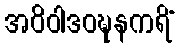
အဝိဝါဒဝဍ္ဎနကရိံ